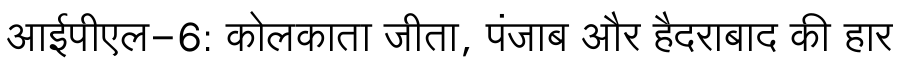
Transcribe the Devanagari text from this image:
आईपीएल-6: कोलकाता जीता, पंजाब और हैदराबाद की हार